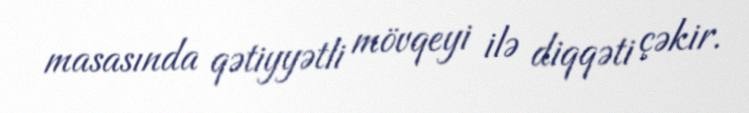
masasında qətiyyətli mövqeyi ilə diqqəti çəkir.